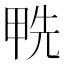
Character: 𠒛